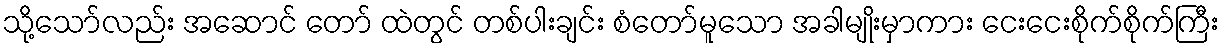
သို့သော်လည်း အဆောင် တော် ထဲတွင် တစ်ပါးချင်း စံတော်မူသော အခါမျိုးမှာကား ငေးငေးစိုက်စိုက်ကြီး